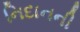
નિદાનની